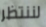
لننتظر